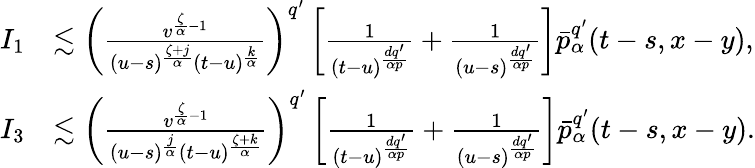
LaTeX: \begin{array}{rl}{I_{1}}&{\lesssim\left(\frac{v^{\frac{\zeta}{\alpha}-1}}{(u-s)^{\frac{\zeta+j}{\alpha}}(t-u)^{\frac{k}{\alpha}}}\right)^{q^{\prime}}\left[\frac{1}{(t-u)^{\frac{dq^{\prime}}{\alpha p}}}+\frac{1}{(u-s)^{\frac{dq^{\prime}}{\alpha p}}}\right]\bar{p}_{\alpha}^{q^{\prime}}(t-s,x-y),}\\ {I_{3}}&{\lesssim\left(\frac{v^{\frac{\zeta}{\alpha}-1}}{(u-s)^{\frac{j}{\alpha}}(t-u)^{\frac{\zeta+k}{\alpha}}}\right)^{q^{\prime}}\left[\frac{1}{(t-u)^{\frac{dq^{\prime}}{\alpha p}}}+\frac{1}{(u-s)^{\frac{dq^{\prime}}{\alpha p}}}\right]\bar{p}_{\alpha}^{q^{\prime}}(t-s,x-y).}\end{array}